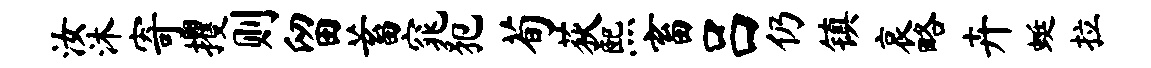
汝沐寄攫则留蓄窕犯荀荻熙畜吕仍镇哀略卉蜓拉